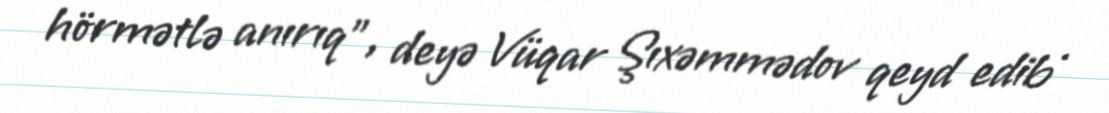
hörmətlə anırıq”, deyə Vüqar Şıxəmmədov qeyd edib .